Jaan_Tonisson_(Lasteleht), lk 305
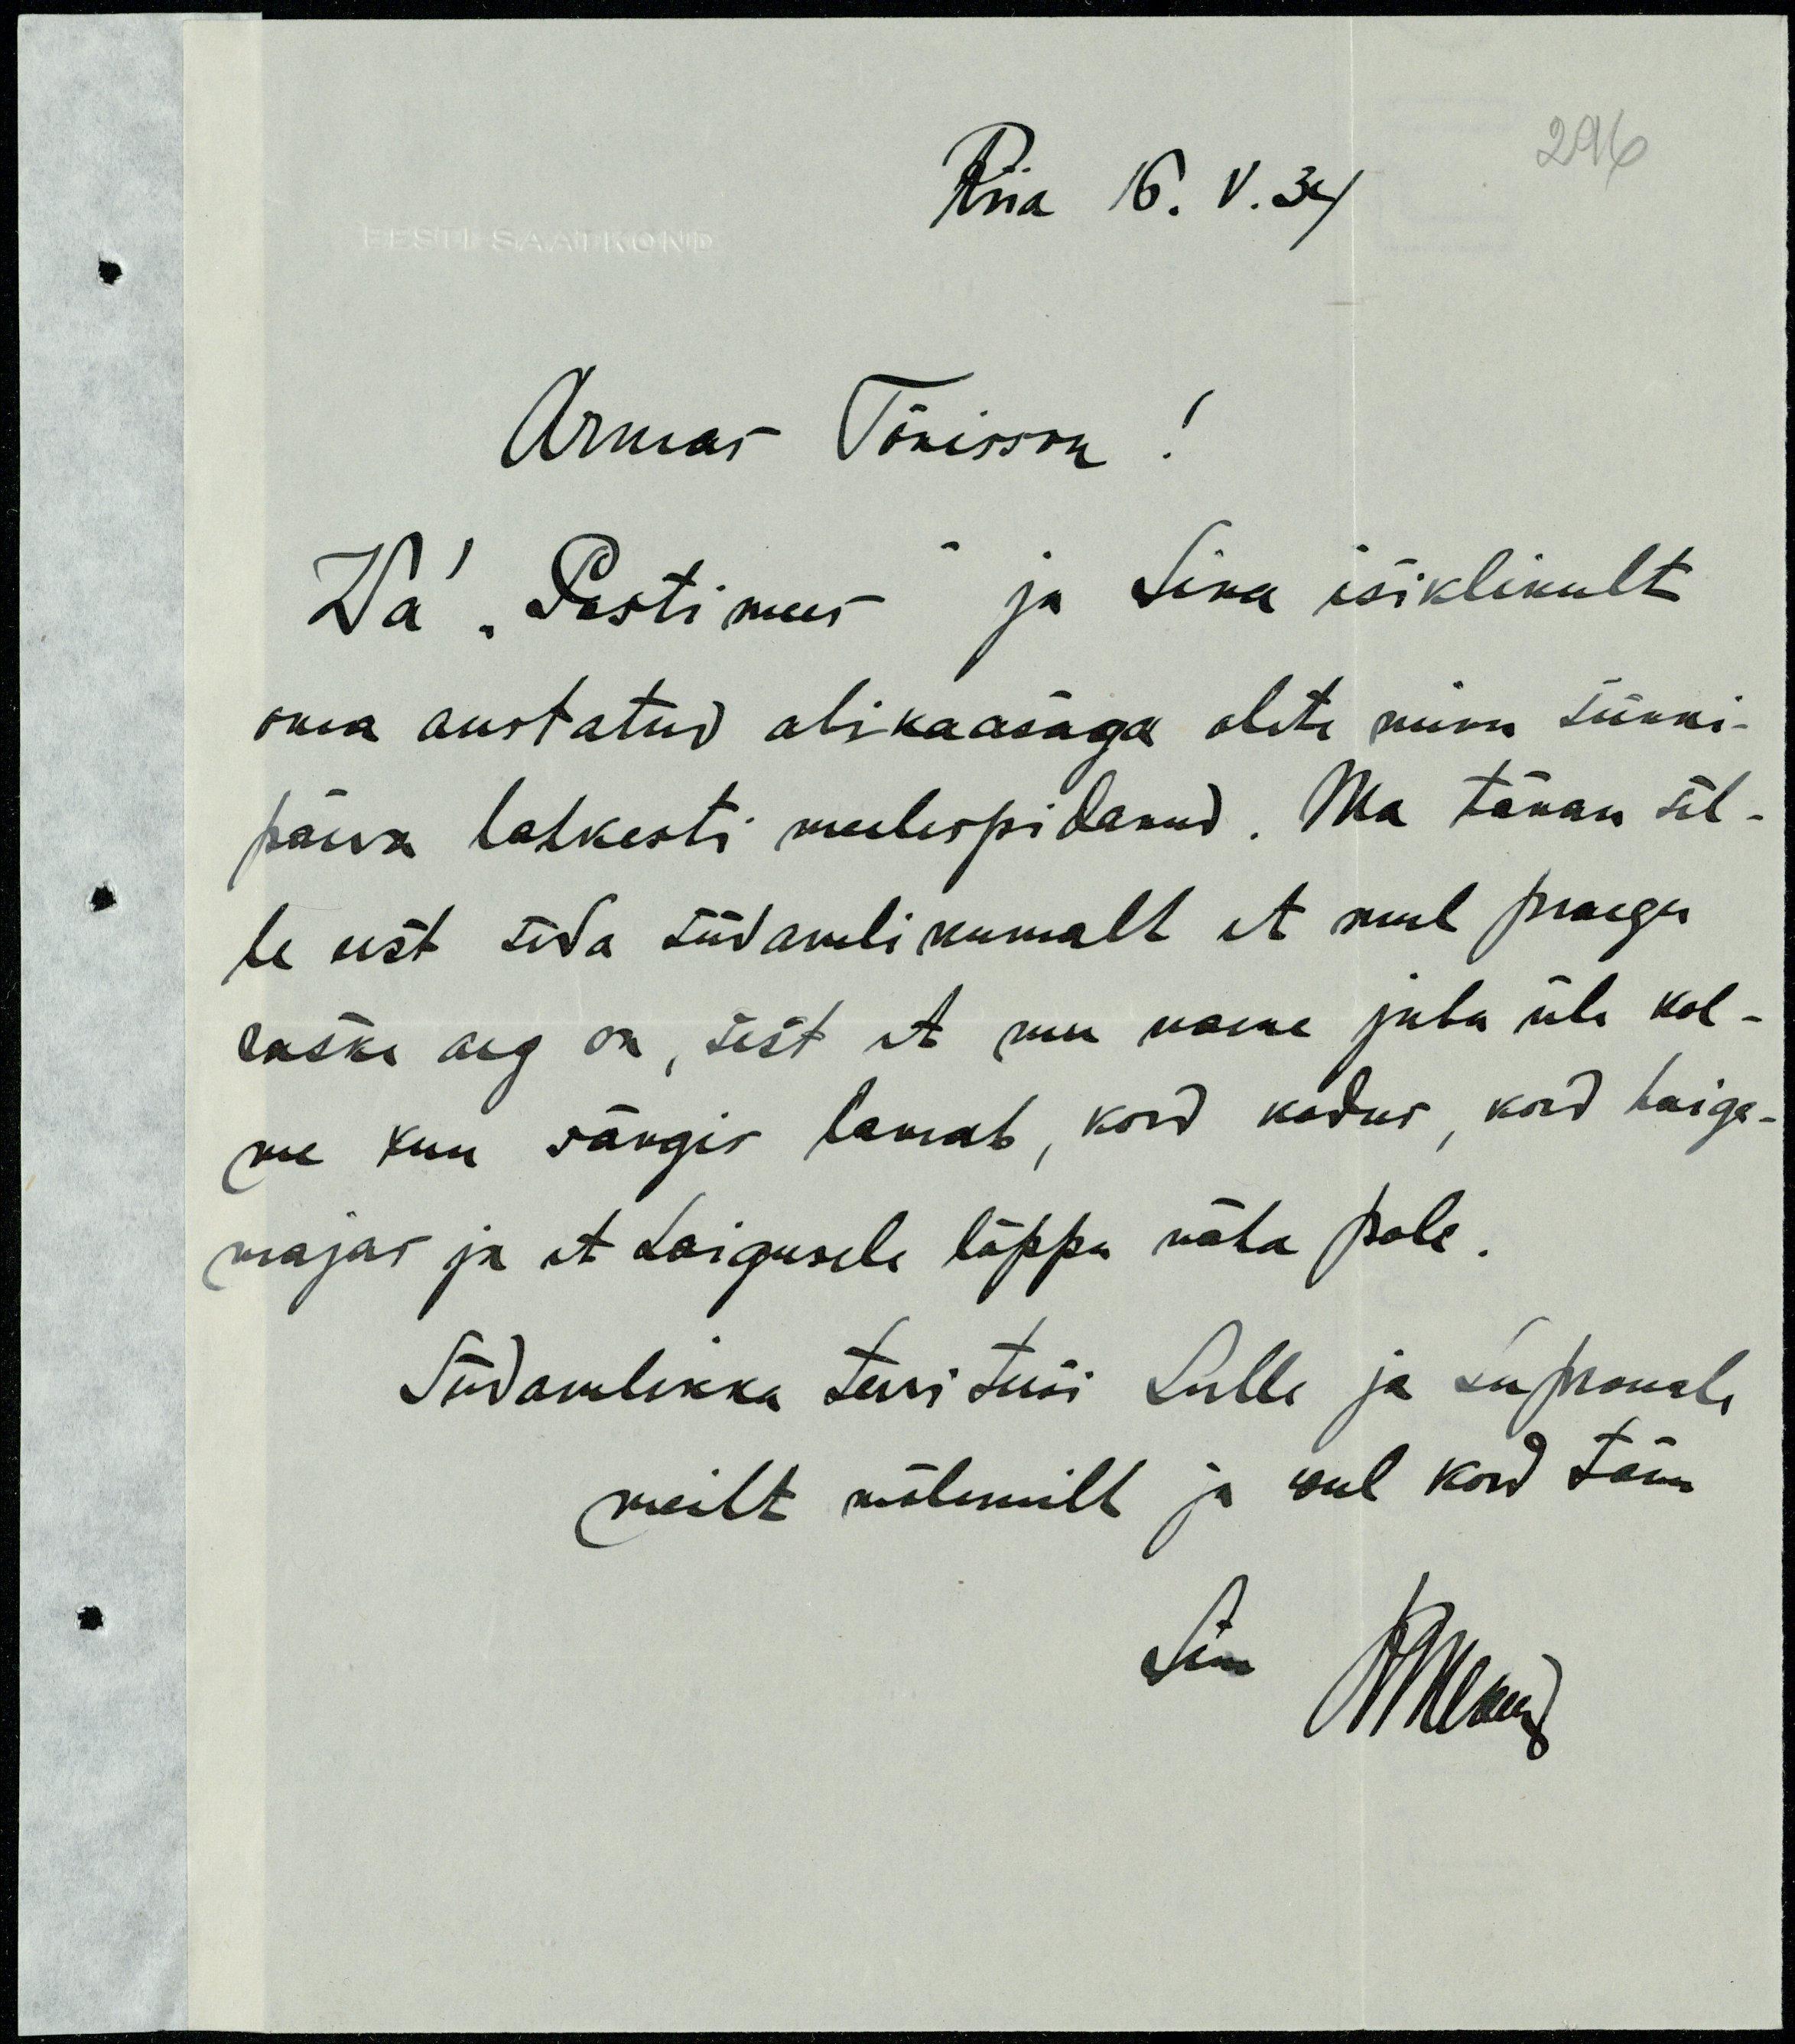
Riia 16.V.34
296
Armas Tõnisson!
Wa "Postimees" ja Sina isiklikult
oma austatud abikaasaga olete minu sünni-
päeva lahkesti meelespidanud. Ma tänan sel-
le eest seda südamlikumalt et mul praegu
raske aeg on, sest et mu naine juba üle kol-
me kuu sängis lamab, kord kodus, kord haige-
majas ja et haigusele lõppu näha pole.
Südamlikka tervitusi Sulle ja Su prouale
meilt mõlemilt ja veel kord tänu
Sinu Allnud